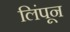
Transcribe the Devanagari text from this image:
लिंपून